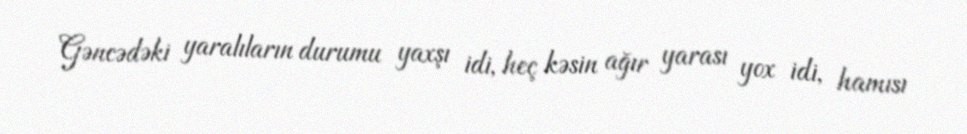
Gəncədəki yaralıların durumu yaxşı idi, heç kəsin ağır yarası yox idi, hamısı